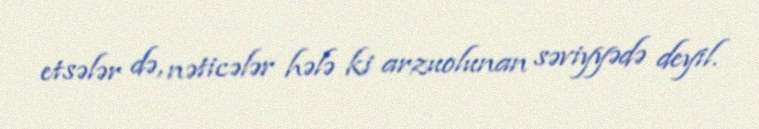
etsələr də, nəticələr hələ ki arzuolunan səviyyədə deyil.